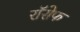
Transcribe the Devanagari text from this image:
रॉसेफ